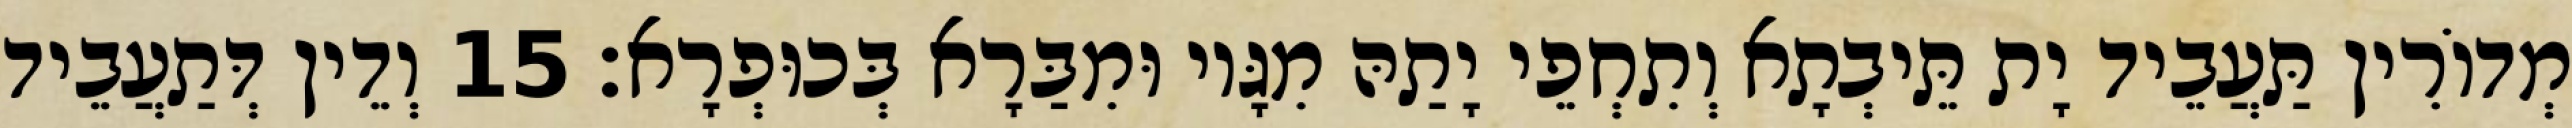
מְדוֹרִין תַּעֲבֵיד יָת תֵּיבְתָא וְתִחְפֵי יָתַהּ מִגָּיו וּמִבַּרָא בְּכוּפְרָא׃ 15 וְדֵין דְּתַעֲבֵיד